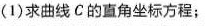
(1)求曲线C的直角坐标方程；